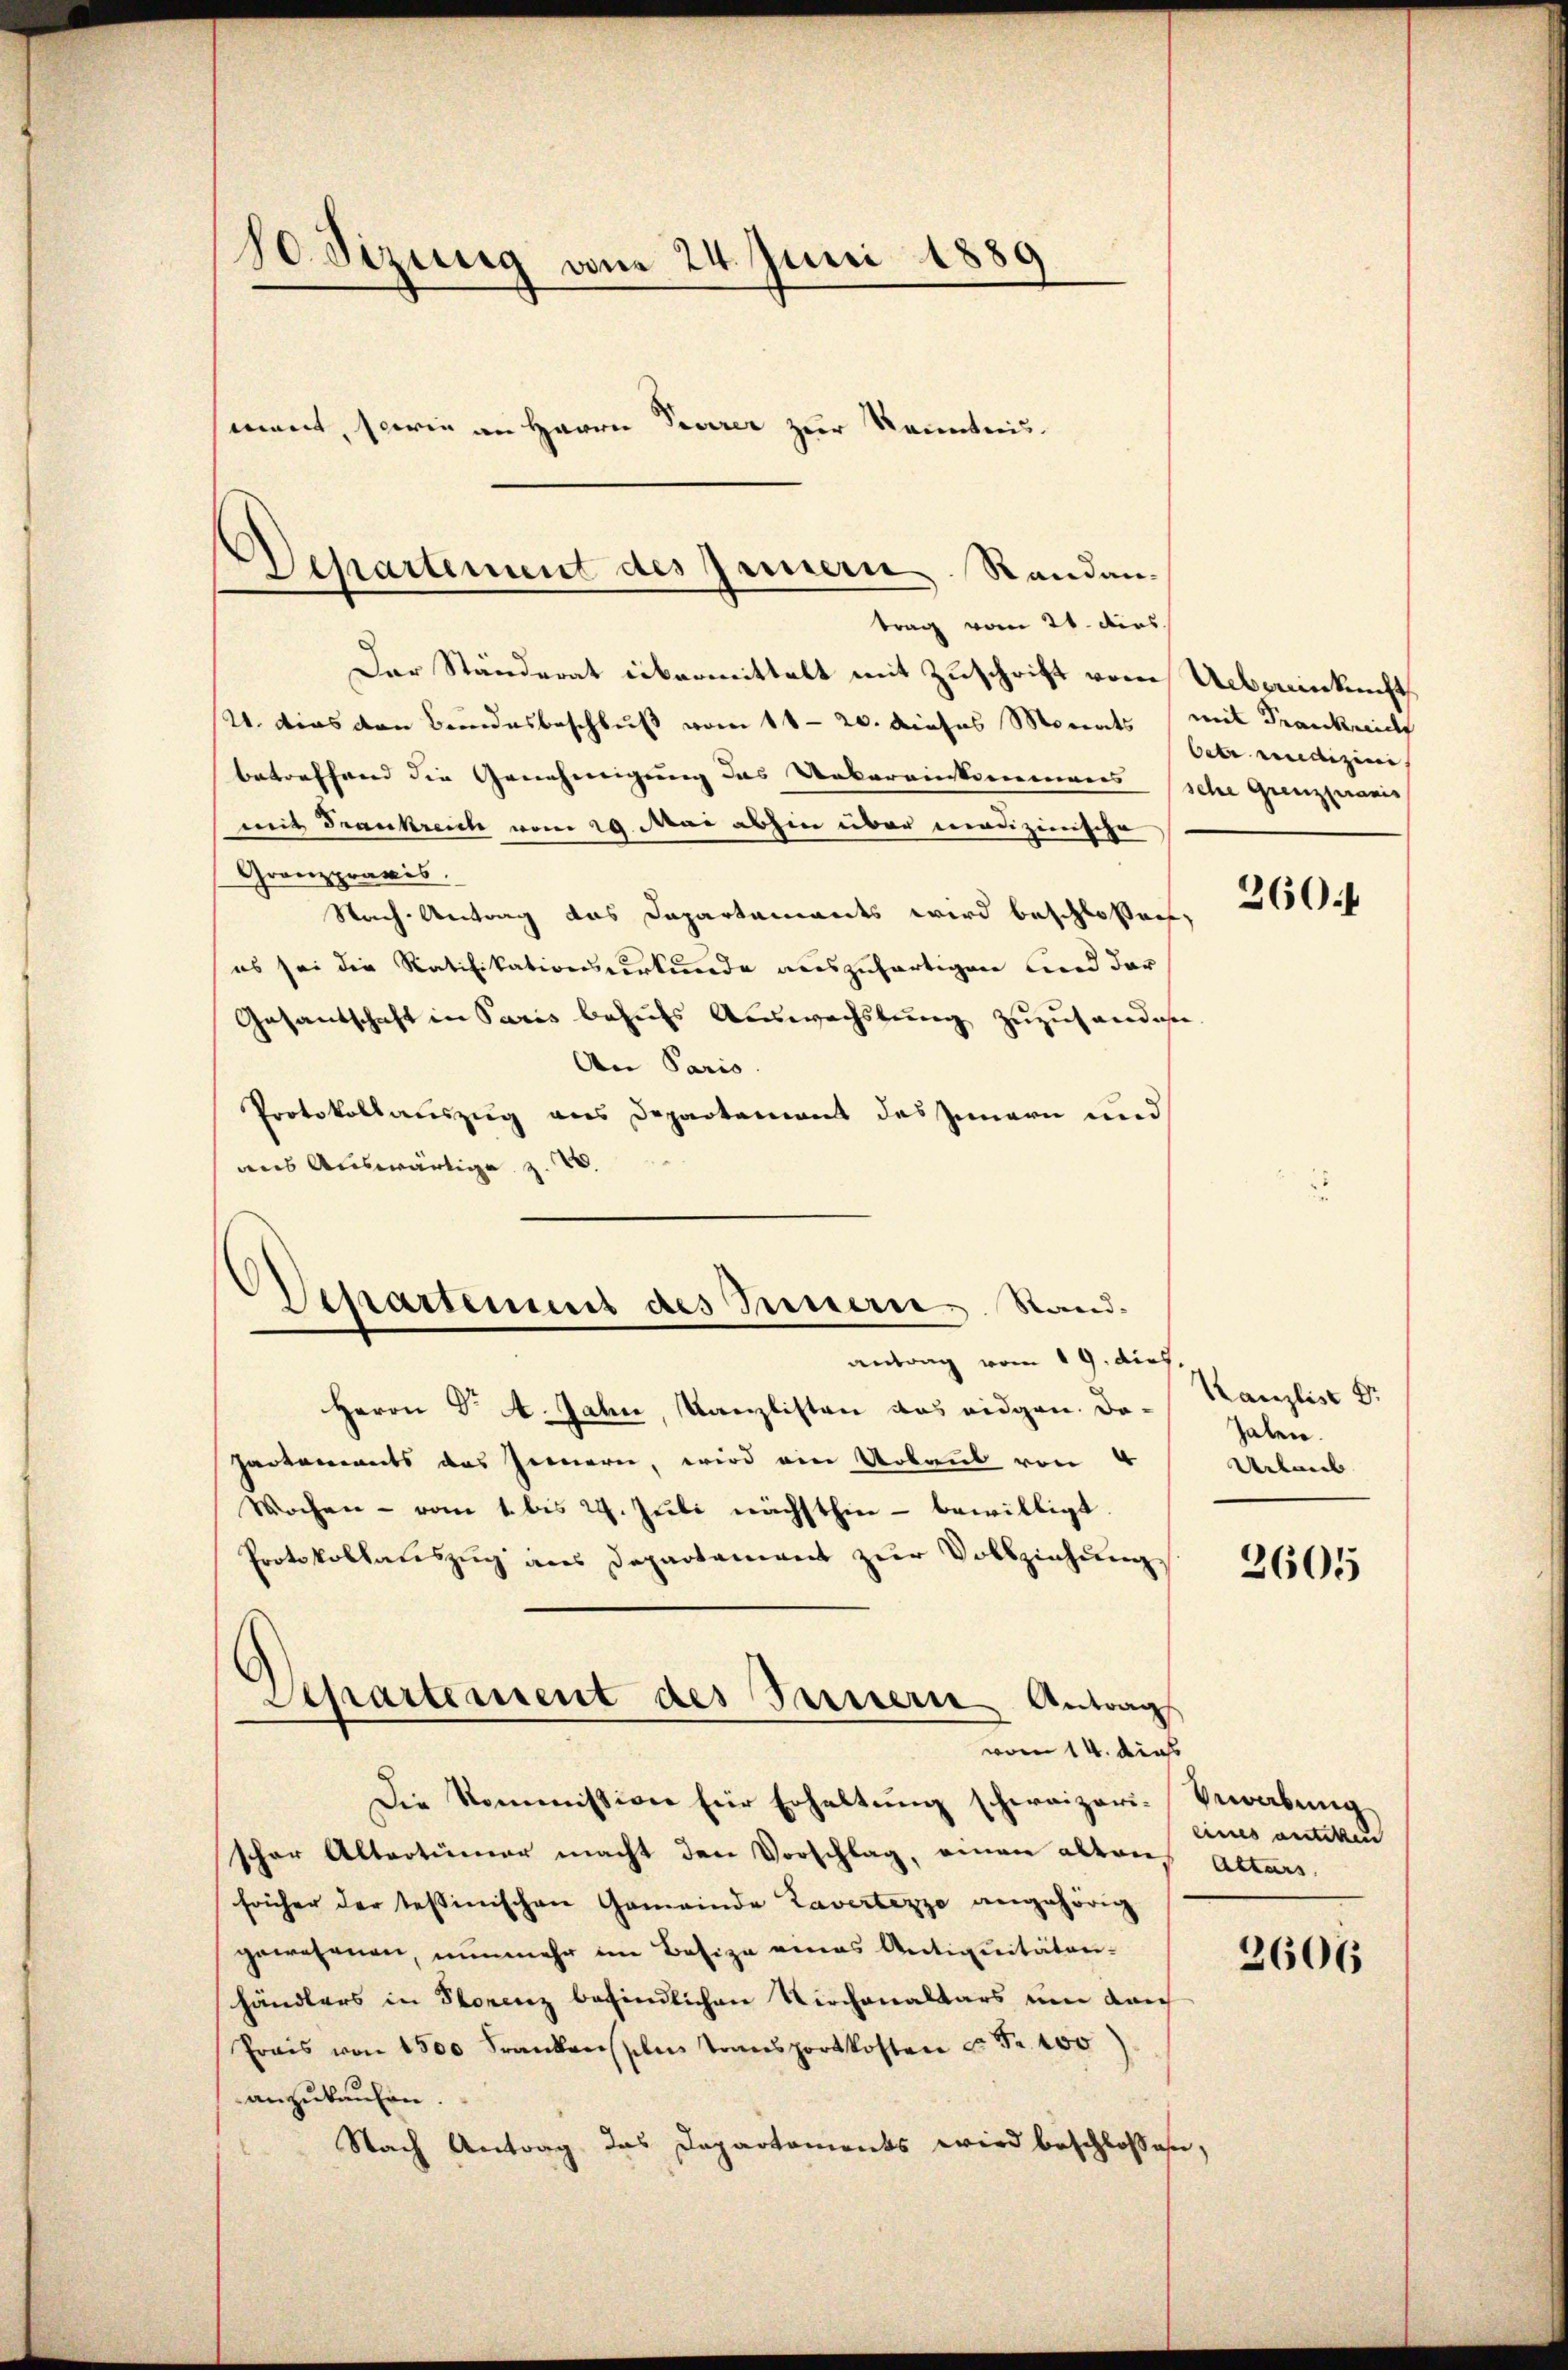
80 Sizung vom 24. Juni 1889
ment, sowie an Herrn Seerer zur Kenntnis.

Departement des Jennern. Randantrag vom 21. dies

Der Ständerat übermittelt mit Zuschrift vom Uebereinkunft
U. dies den Bundesbeschluß vom 11 - 20. dieses Monats (mit Frankreich
betreffend die Genehmigung das Uebereinkommens sche Grenzzenn
mit Frankreich vom 29. Mai abhin über medizinische
Granzprävis.
Nach Antrag das Dapartaments wird beschloßen,
es sei die Ratifikationsurkunde auszufertigen und dar
Gesandschaft in Paris behufs Auswechslung zuzusenden
An Paris
Protokollauszug aus Departement des Innern und
aus Auswärtige z. B.

Departement des Innern Standantrag vom 19. dich.

Separtement des Innern Antrags

Herrn Dr. A. Jahn, Kanzlisten das eidgen. Da-
partements das Innern, wird ein Urbaut von 4
Wochen - vom 1. bis 29. Juli nächsthier - bewilligt
Protokollauszug aus Departement zur Vollziehung,
vom 14. dies
Die Kommission für Erhaltung schweizeri-Vergabung
scher Altertümer macht den Vorschlag, einen alten
frücher der tessinischen Gemeinde Tavertezzo angehörig
gewesenen, nunmehr im Besize eines Antiquitätenhändlers in Storenz befindlichen Kirchenaltars um durch
Prais von 1500 Frankenstens Transportkosten u. Fr. 100
anzukaufen.
Nach Antrag das Departements wird beschlossen,

Oetr. medizini

360 f

Kanzlist Dr
Zahen.
Urlaub

2605

eines antiken
Altars.

2606